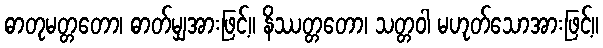
ဓာတုမတ္တတော၊ ဓာတ်မျှအားဖြင့်။ နိဿတ္တတော၊ သတ္တဝါ မဟုတ်သောအားဖြင့်။